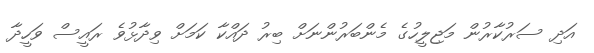
އަދި ސަރުކާރުން މަޖިލީހުގެ މެންބަރުންނަށް ބިރު ދައްކާ ކަމަށް ވިދާޅުވެ ރައީސް ވަހީދާ